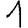
Digit: 1